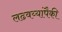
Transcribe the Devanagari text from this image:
लढवय्यांपैकी